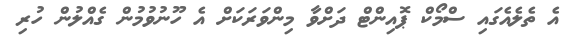
އެ ތެލެއެގައި ސްމޯކް ޕޮއިންޓް ދަށްވާ މިންވަރަކަށް އެ ހޫނުވުމުން ގެއްލުން ހުރި